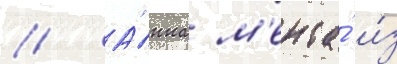
// А́нна м'ента́ и́з